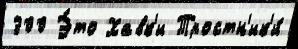
300 Э́то Хавк'и Тростн'ик'и́